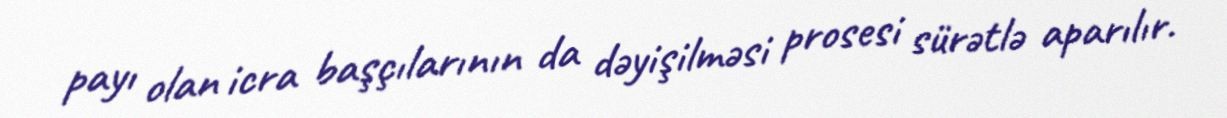
payı olan icra başçılarının da dəyişilməsi prosesi sürətlə aparılır.